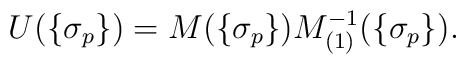
U(\{\sigma_p\})=M(\{\sigma_p\})M_{(1)}^{-1}(\{\sigma_p\}).